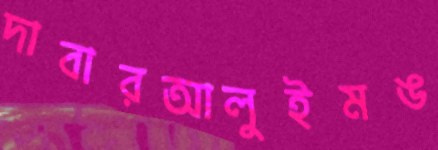
দাবারআলুইমঙ